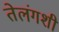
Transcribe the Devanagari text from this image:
तेलंगशी